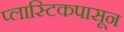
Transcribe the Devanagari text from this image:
प्लास्टिकपासून